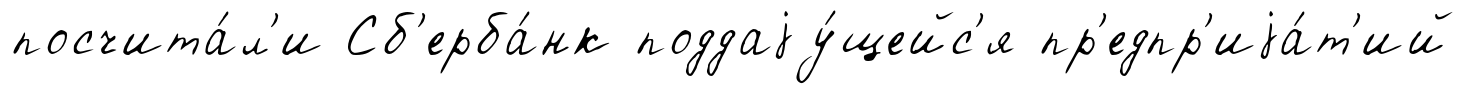
посчита́л'и Сб'ерба́нк поддаjу́щейс'я пр'едпр'иjа́т'ий